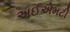
અઈએમટી